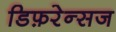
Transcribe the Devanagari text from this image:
डिफ़रेन्सज